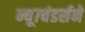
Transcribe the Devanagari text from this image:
न्यू७वंडर्सने